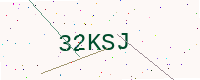
Text: 32KSJ